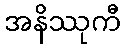
အနိဿုကီ